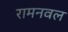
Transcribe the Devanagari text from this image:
रामनवल